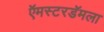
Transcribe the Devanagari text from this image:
ऍमस्टरडॅमला